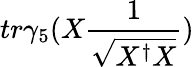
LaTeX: tr\gamma_{5}(X\frac{1}{\sqrt{X^{\dagger}X}})